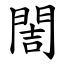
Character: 䦖